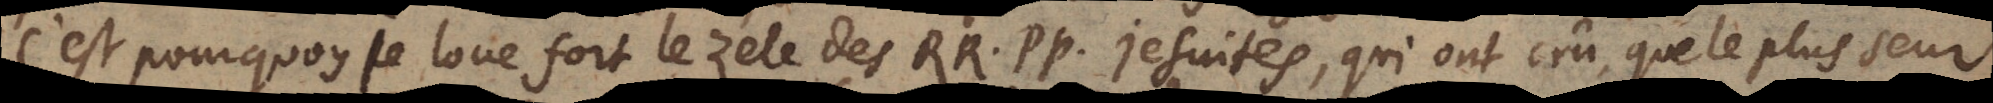
C’est pourquoy je loue fort le zele des RR. PP. Jesuites, qui ont crû, que le plus seur